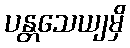
ပန္တသေယျမှိ